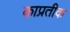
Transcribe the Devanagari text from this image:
काप्रतीक